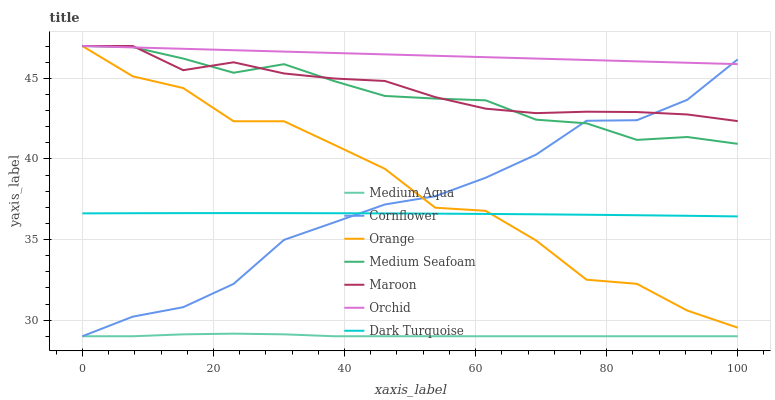
| xaxis_label | Medium Aqua | Cornflower | Orange | Medium Seafoam | Maroon | Orchid | Dark Turquoise |
 | --- | --- | --- | --- | --- | --- | --- | --- |
 | 0 | 29 | 29 | 47 | 47 | 47 | 47 | 36.6 |
 | 7.69 | 29 | 30.2 | 45.1 | 46.9 | 47 | 46.9 | 36.6 |
 | 15.4 | 29.1 | 30.8 | 44.4 | 46.2 | 45.5 | 46.8 | 36.6 |
 | 23.1 | 29.2 | 32.2 | 42.3 | 45.3 | 46 | 46.7 | 36.6 |
 | 30.8 | 29.1 | 35 | 42.3 | 45.9 | 45.3 | 46.7 | 36.6 |
 | 38.5 | 29 | 36.1 | 40.9 | 44.8 | 45 | 46.6 | 36.6 |
 | 46.2 | 29 | 37.2 | 39.4 | 43.9 | 44.8 | 46.5 | 36.6 |
 | 53.8 | 29 | 37.7 | 37 | 43.7 | 43.8 | 46.4 | 36.6 |
 | 61.5 | 29 | 38.8 | 36.8 | 43.6 | 43.1 | 46.3 | 36.6 |
 | 69.2 | 29 | 40.3 | 34.9 | 42.4 | 42.8 | 46.2 | 36.6 |
 | 76.9 | 29 | 42.4 | 32.5 | 42.2 | 42.9 | 46.1 | 36.5 |
 | 84.6 | 29 | 42.4 | 32.3 | 41.2 | 42.9 | 46 | 36.5 |
 | 92.3 | 29 | 43.7 | 30.6 | 41.4 | 42.8 | 46 | 36.5 |
 | 100 | 29 | 46.2 | 29.5 | 40.9 | 42.3 | 45.9 | 36.4 |